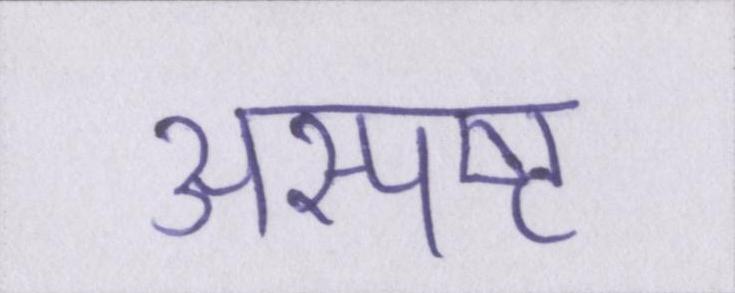
अस्पष्ट